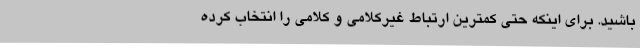
باشید. برای اینکه حتی کمترین ارتباط غیرکلامی و کلامی را انتخاب کرده